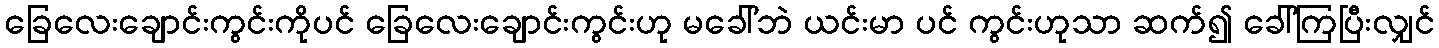
ခြေလေးချောင်းကွင်းကိုပင် ခြေလေးချောင်းကွင်းဟု မခေါ်ဘဲ ယင်းမာ ပင် ကွင်းဟုသာ ဆက်၍ ခေါ်ကြပြီးလျှင်